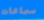
سماعات